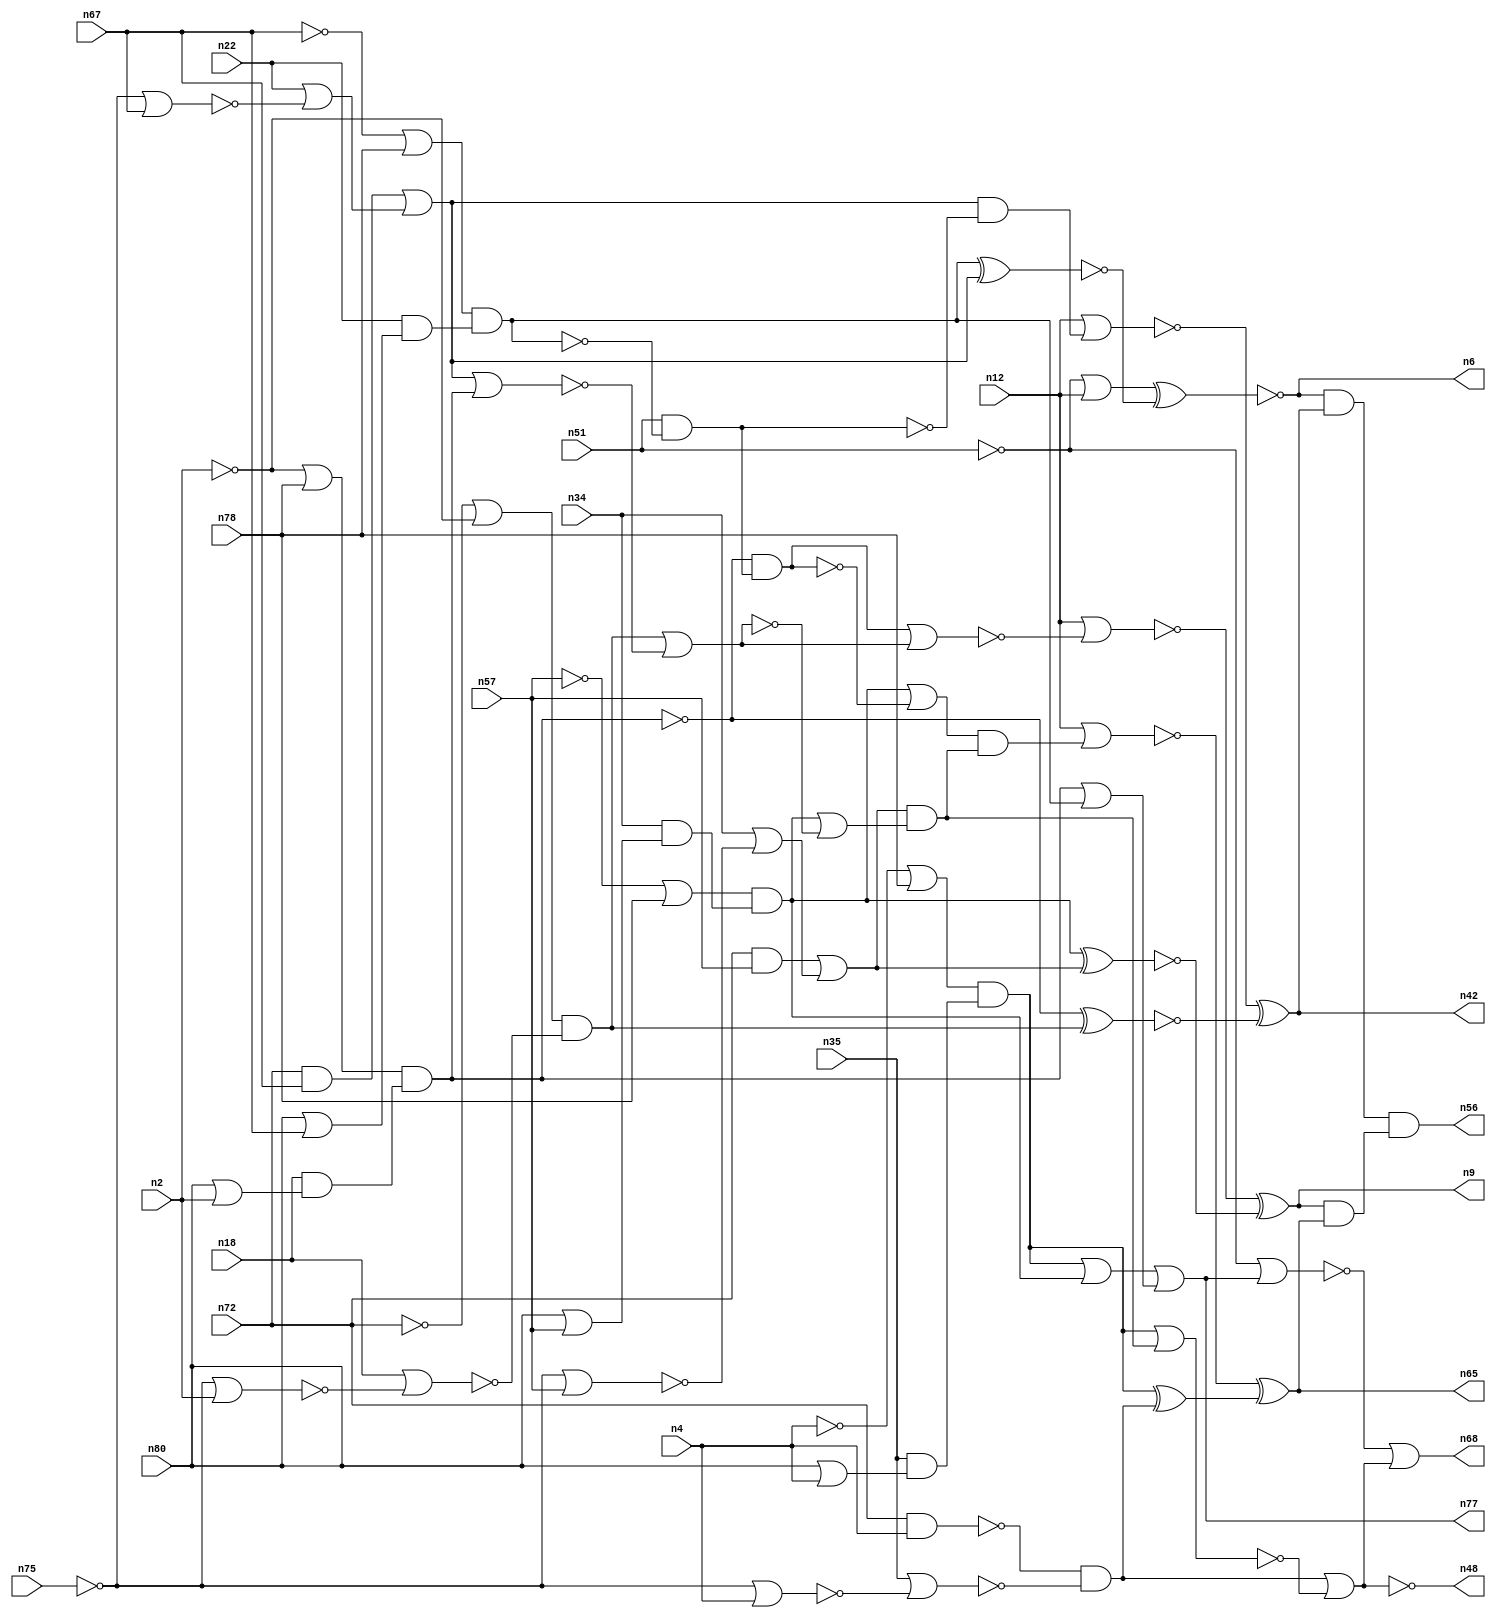

module top_809960632_810038711_1598227639_893650103 (n2, n4, n12, n18, n22, n34, n35, n51, n57, n67, n72, n75, n78, n80, n6, n9, n42, n48, n56, n65, n68, n77);
input n2, n4, n12, n18, n22, n34, n35, n51, n57, n67, n72, n75, n78, n80;
output n6, n9, n42, n48, n56, n65, n68, n77;
wire n0, n1, n3, n5, n7, n8, n10, n11, n13, n14, n15, n16, n17, n19, n20, n21, n23, n24, n25, n26, n27, n28, n29, n30, n31, n32, n33, n36, n37, n38, n39, n40, n41, n43, n44, n45, n46, n47, n49, n50, n52, n53, n54, n55, n58, n59, n60, n61, n62, n63, n64, n66, n69, n70, n71, n73, n74, n76, n79, n81, n82, n83, n84, n85, n86, n87, n88, n89, n90;
assign n77 = n86 | n73;
assign n5 = ~(n45 ^ n53);
assign n9 = n61 ^ n30;
assign n40 = ~(n12 | n27);
assign n16 = ~n10;
assign n81 = ~n84;
assign n31 = n34 & n44;
assign n26 = n80 | n2;
assign n58 = n72 & n67;
assign n24 = ~n2;
assign n14 = n21 | n78;
assign n79 = n39 & n1;
assign n20 = n80 | n67;
assign n7 = ~(n84 | n76);
assign n52 = n72 & n57;
assign n50 = n28 & n36;
assign n15 = ~n45;
assign n69 = ~(n0 ^ n50);
assign n3 = ~(n72 & n4);
assign n43 = n22 & n20;
assign n27 = n53 & n16;
assign n21 = ~n4;
assign n60 = n37 | n12;
assign n1 = n55 & n70;
assign n88 = ~n67;
assign n87 = n18 & n26;
assign n48 = ~n63;
assign n71 = ~n57;
assign n6 = ~(n60 ^ n5);
assign n33 = ~(n37 | n77);
assign n59 = n35 & n25;
assign n45 = n54 & n43;
assign n55 = n52 | n64;
assign n29 = ~n75;
assign n74 = ~(n29 | n4);
assign n86 = n90 | n11;
assign n73 = n66 | n45;
assign n42 = n40 ^ n69;
assign n65 = n19 ^ n82;
assign n89 = n9 & n65;
assign n37 = ~n51;
assign n90 = n14 & n59;
assign n25 = n80 | n4;
assign n49 = n3 & n38;
assign n10 = n51 & n15;
assign n61 = ~(n12 | n7);
assign n68 = n33 | n63;
assign n70 = n11 | n47;
assign n36 = ~(n18 | n23);
assign n46 = n71 | n78;
assign n32 = ~(n90 | n1);
assign n39 = n11 | n81;
assign n13 = ~(n29 | n57);
assign n82 = n90 ^ n49;
assign n56 = n8 & n89;
assign n30 = ~(n11 ^ n55);
assign n41 = n22 | n83;
assign n54 = n88 | n78;
assign n17 = ~n72;
assign n19 = ~(n12 | n79);
assign n38 = ~(n35 | n74);
assign n11 = n46 & n31;
assign n23 = ~(n29 | n2);
assign n44 = n80 | n57;
assign n76 = n50 | n62;
assign n66 = n85 & n87;
assign n53 = n58 | n41;
assign n85 = n24 | n78;
assign n83 = ~(n29 | n67);
assign n0 = ~n66;
assign n47 = ~n76;
assign n63 = n49 | n32;
assign n62 = ~(n53 | n66);
assign n8 = n6 & n42;
assign n84 = n0 & n10;
assign n64 = n34 | n13;
assign n28 = n17 | n24;
endmodule